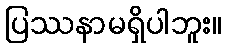
ပြဿနာမရှိပါဘူး။